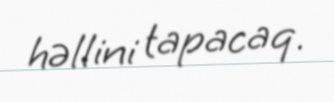
həllini tapacaq.